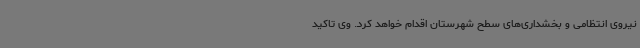
نیروی انتظامی و بخشداری‌های سطح شهرستان اقدام خواهد کرد. وی تاکید